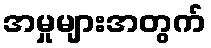
အမှုများအတွက်